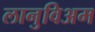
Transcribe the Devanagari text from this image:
लानुविअम